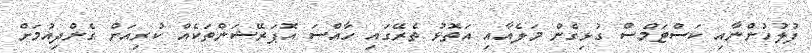
ފުލުހުންނާއި ކަސްޓަމްސް ގުޅިގެން މަލެއާއި އަތޮޅު ތެރޭގައި ހާއްސަ އޮޕަރޭޝަންތަކެއް ކުރިއަށް ގެންދިއުމަށް